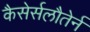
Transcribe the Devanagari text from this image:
कैसेर्सलौतेर्न